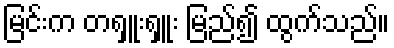
မြင်းက တရှူးရှူး မြည်၍ ထွက်သည်။